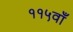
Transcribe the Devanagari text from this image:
११५वाँ